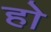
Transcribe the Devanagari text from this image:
हाे